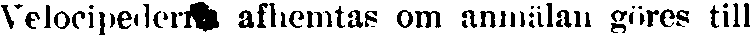
Velocipederna afhemtas om anmälan göres till